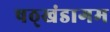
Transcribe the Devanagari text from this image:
षठ्खंडागम